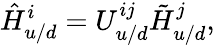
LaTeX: \hat{H}_{u/d}^{i}=U_{u/d}^{ij}\tilde{H}_{u/d}^{j},